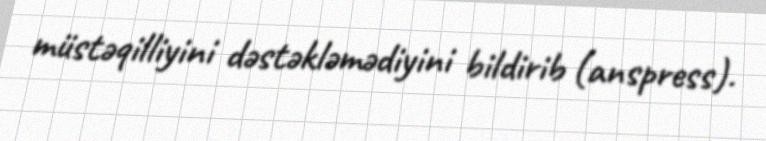
müstəqilliyini dəstəkləmədiyini bildirib (anspress).